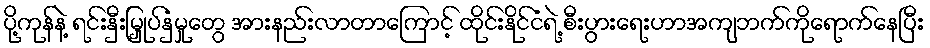
ပို့ကုန်နဲ့ ရင်းနှီးမြှုပ်နှံမှုတွေ အားနည်းလာတာကြောင့် ထိုင်းနိုင်ငံရဲ့ စီးပွားရေးဟာအကျဘက်ကိုရောက်နေပြီး